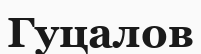
Гуцалов